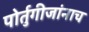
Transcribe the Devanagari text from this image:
पोर्तुगीजांनाच